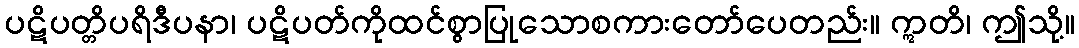
ပဋိပတ္တိပရိဒီပနာ၊ ပဋိပတ်ကိုထင်စွာပြုသောစကားတော်ပေတည်း။ ဣတိ၊ ဤသို့။